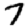
Digit: 7